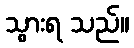
သွားရ သည်။